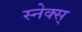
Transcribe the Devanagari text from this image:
स्नेक्स्